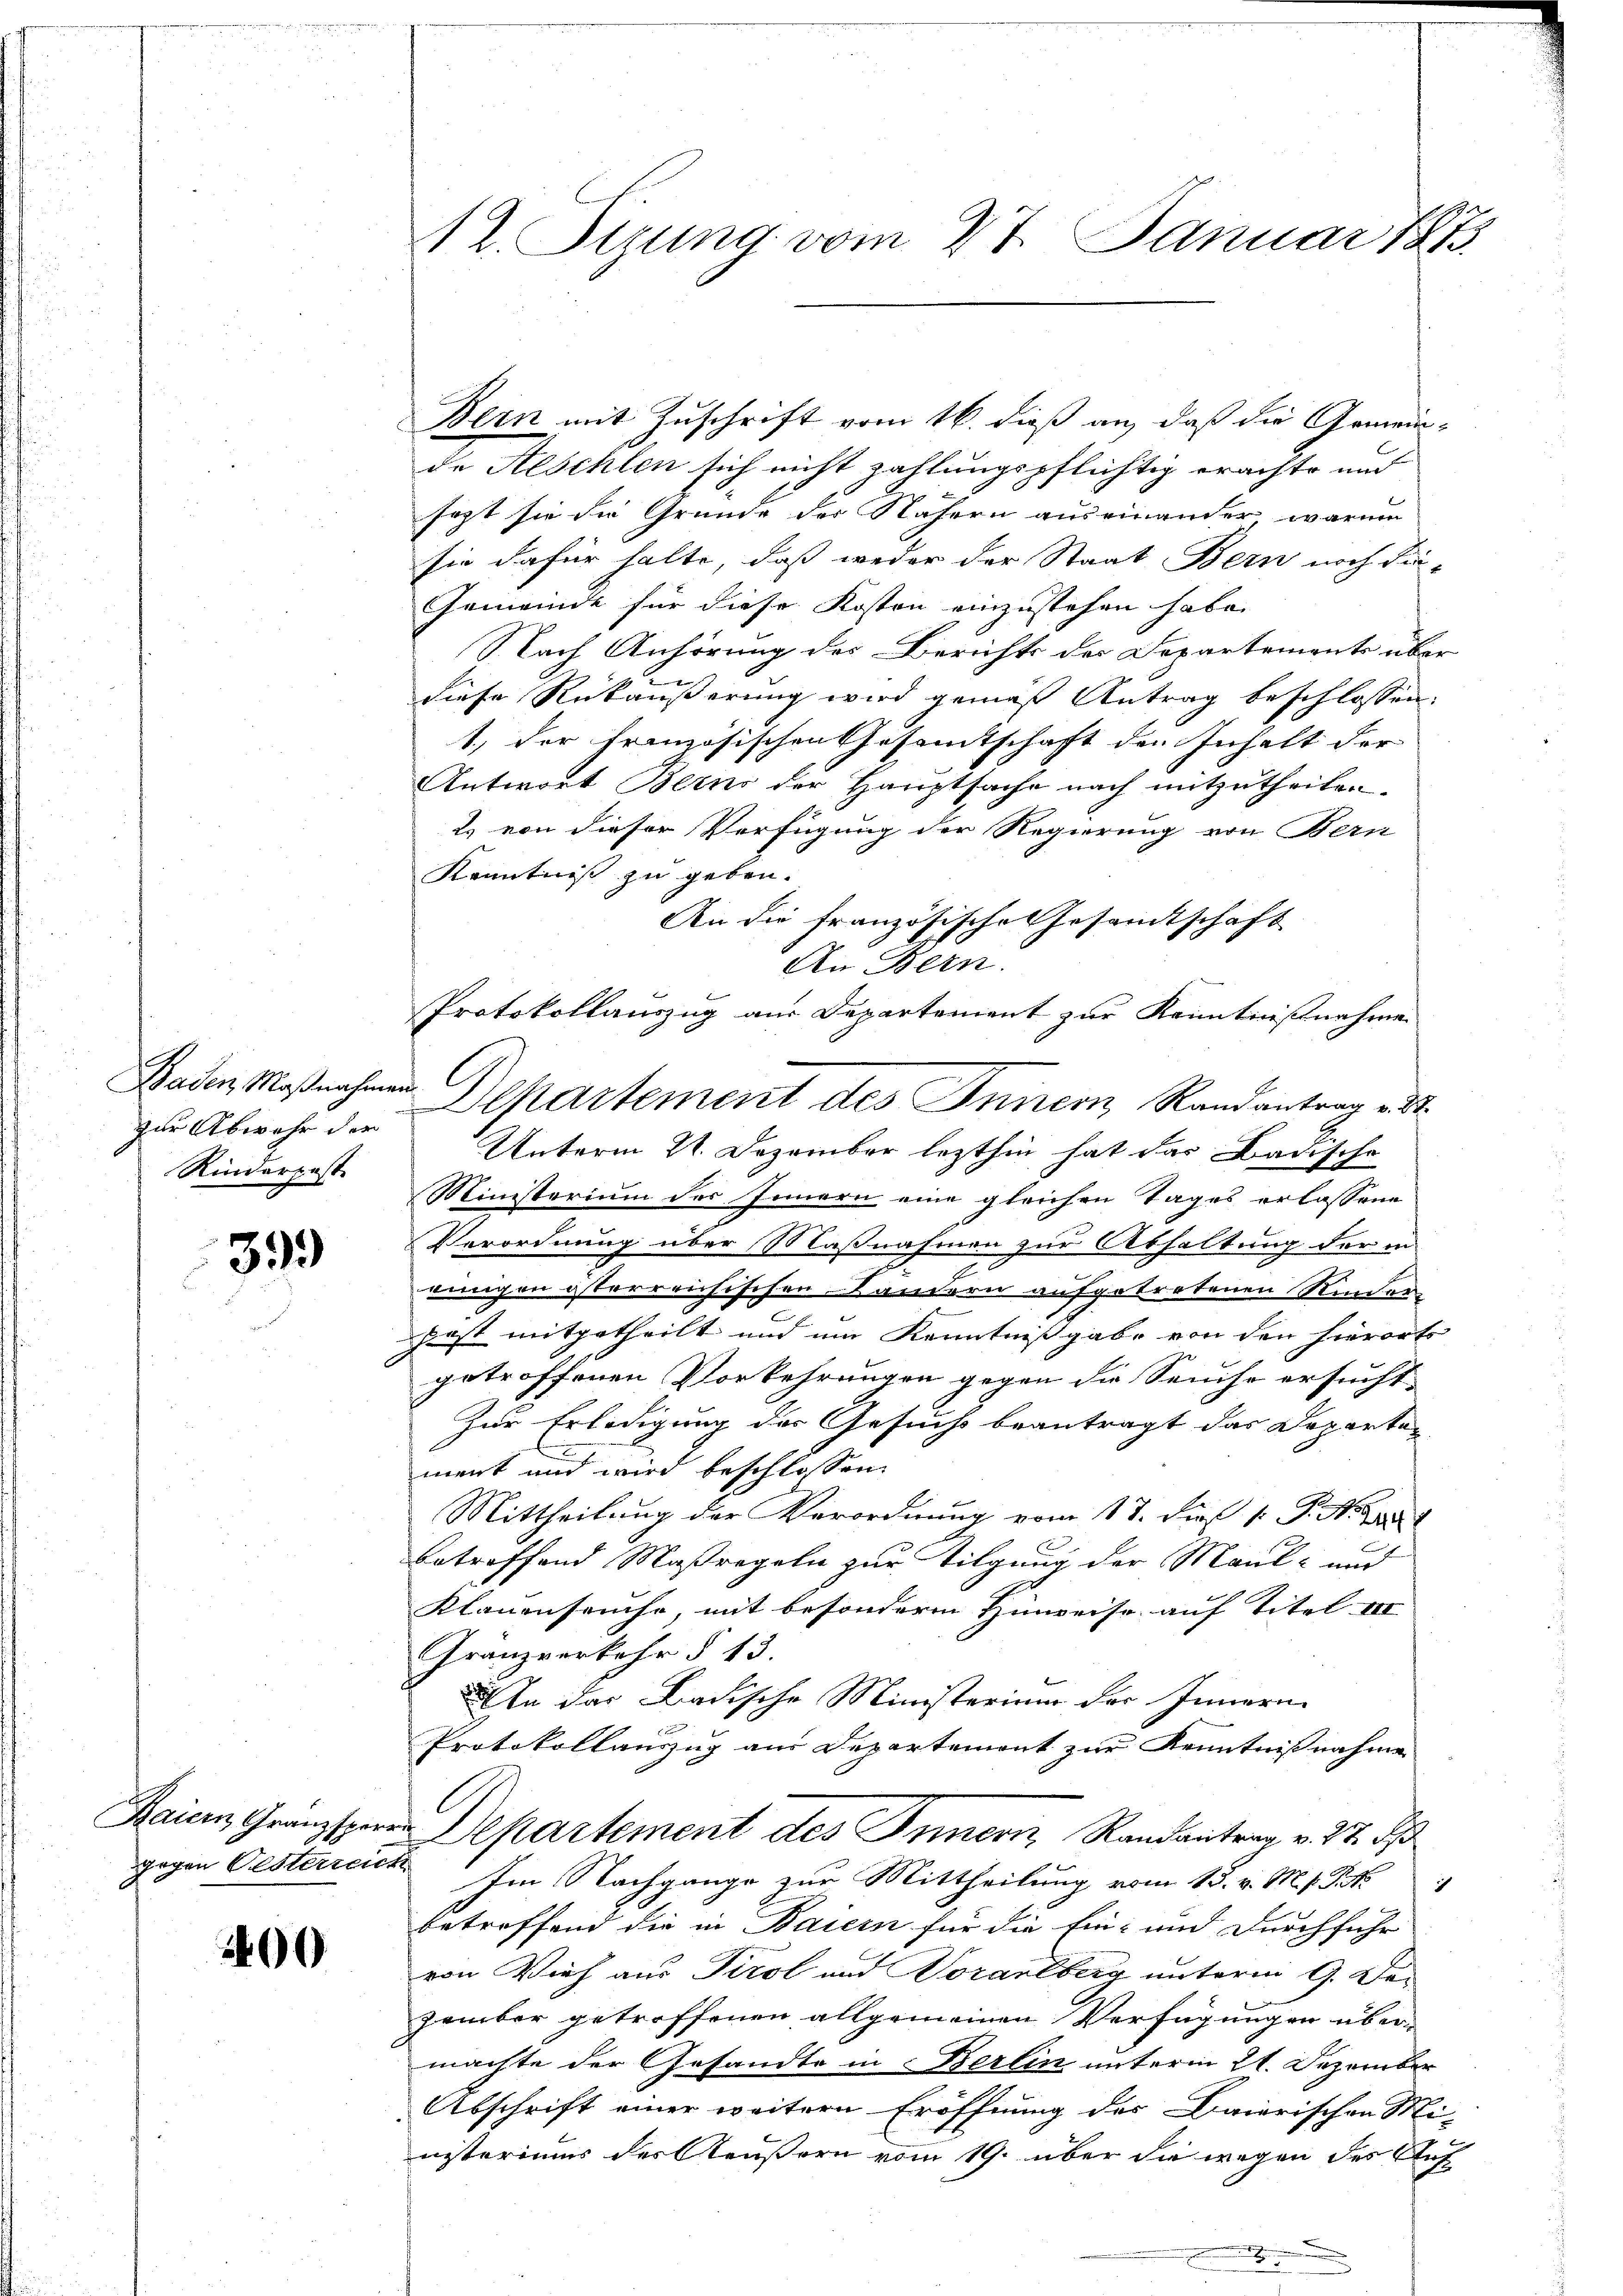
Baden Maßnahmen
zur Abwehr der
Rinderpost

399)

200

Bern mit Zuschrift vom 16. dieß an, daß die Gemeinde Aeschlen sich nicht zahlungspflichtig erachte und
sagt sie die Grunde der Nähern auseinander, warum
sie dafür halte, daß weder der Staat Bern noch die-
Gemeinde für diese Kosten einzustehen habe.
Nach Anhörung des Berichts der Departements über
diese Rückäußerung wird gemäß Antrag beschlossen.
1, der französischen Gesamtschaft den Inhalt der
Antwort Berns der Hauptsache nach mitzutheilen.
2. von dieser Verfügung der Regierung von Bern
Kenntniß zu geben.
An die französische Gesamtschaft
An Bern.
Unterm 21. Dezember lezthin hat das Badische
Ministerium des Innern eine gleichen Tages erlassene
Verordnung über Maßnahmen zur Abhaltung der in
2
einigen österreichischen Bandern aufgetretenen Rinder
post mitgetheilt und um Kenntnißgabe von den hierorts
h
getroffenen Vorkehrungen gegen die Seuche ersucht
Zur Erledigung des Gesuchs beantragt das Departemert und wird beschlossen:
Mittheilung der Verordnung vom 17. dies v. J. N. 11
betreffend Maßregeln zur Tilgung der Maul- und
Klauenseuche, mit besondere Hinweise auf Titel III
Franzverkehr § 13.
An das Badische Ministerium der Innern
Protokollanzug aus Departemont zur Kenntnißnahme
Raiern Granzsperre Departement des Innern, Randantrag v. 27. ds
gegen Oesterreich Im Nachgange zur Mittheilung vom 15. v. M. s. S. R.
betreffend die in Baiern für die Ein- und durchführ
von Vieh aus Tirol und Vorarlberg unterm 9. De-
zember getroffenen allgemeinen Verfügungen über-
machte der Gesandte in Berlin unterm 21. Dezember
Abschrift einer weitern Eröffnung des Baierischen Mi-
nsteriums der Aeußern vom 19. über die wegen des Auf

12. Stung vom 27. Januar 1875

Protokollauszug aus Departement zur Kenntnißnahme
Separtement des Inner Randantrag v. 28.